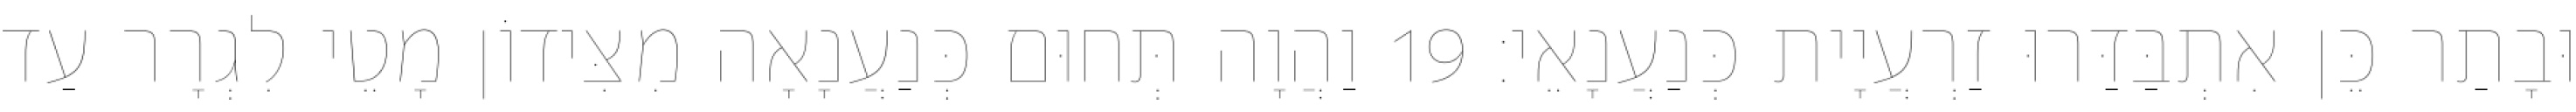
וּבָתַר כֵּן אִתְבַּדַּרוּ זַרְעֲיָית כְּנַעֲנָאֵי׃ 19 וַהֲוָה תְּחוּם כְּנַעֲנָאָה מִצִּידוֹן מָטֵי לִגְרָר עַד